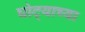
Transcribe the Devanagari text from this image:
घोट्याच्या